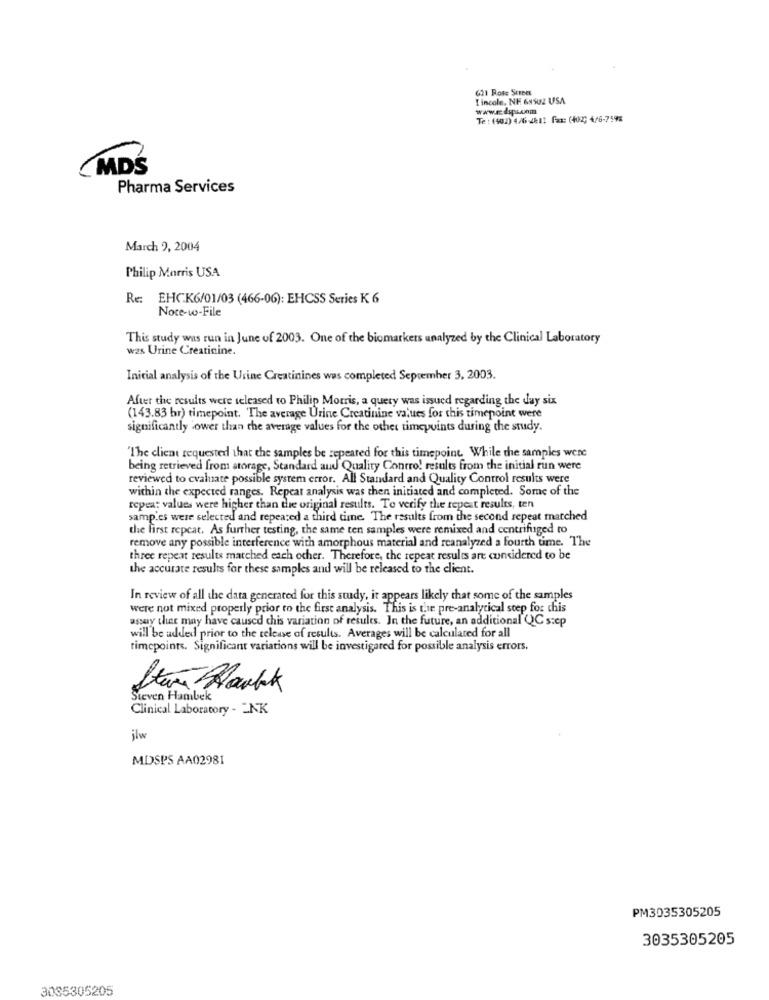
621 Rose Street
I incole, NE 69502 USA
www.edspuunm
Te : (402) 4/6-2811 fax: (402) 4/6-759%
MDŚ
Pharma Services
March 9, 2004
Philip Morris USA
Re: EHCK6/01/03 (466-06): EHCSS Series K 6
Noce-w-File
This study was run in June of 2003. One of the biomarkers unalyzed by the Clinical Laboratory
was Urine Creatinine.
Inicial analysis of the Urine Creatinines was completed September 3, 2003.
After the results were released to Philip Morris, a query was issued regarding the day six
(143.83 br) timepoint. The average Urine Creatinine values for this timepoint were
significantly lower than the average values for the other timepoints during the study.
"The client requested that the samples be repeated for this timepoint. While the samples were
being retrieved from storage, Standard and Quality Contro! results from the initial run were
reviewed to evaluate possible system error. All Standard and Quality Control results were
within the expected ranges. Repeat analysis was then initiated and completed. Some of the
repeat values were higher than the original results. To verify the repeat results, ten
samp.es were selected and repeared a third time. The results from the second repeat matched
the first repeat. As further testing, the same ten samples were remixed and centrifuged to
remove any possible interference with amorphous material and reanalyzed a fourth time. The
three repeat results matched each other. Therefore, the repeat results are considered to be
the accurate results for these samples and will be released to the client.
In review of all the data generated for this study, it appears likely that some of the samples
were not mixed properly prior to the first analysis. This is the pre-analytical step for chis
assay ther may have caused chis variation of results. In the future, an additional QC step
will be added prior to the release of results. Averages will be calculated for all
timepoints. Significant variations will be investigated for possible analysis errors.
Steven Hambek
Clinical Laboratory - ENK
ilw
MDSPS AA02981
PM3035305205
3035305205
3035305205